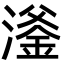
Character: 㵚